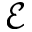
\mathcal { E }